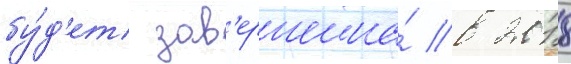
бу́д'ет зав'ершена́ в 2018